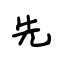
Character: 先